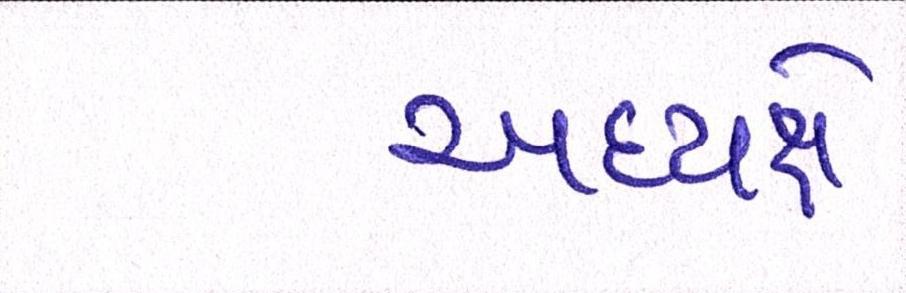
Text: અધ્યક્ષે